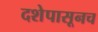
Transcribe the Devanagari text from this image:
दशेपासूनच